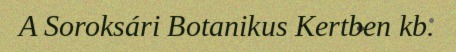
A Soroksári Botanikus Kertben kb.